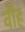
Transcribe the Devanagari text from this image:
वीह